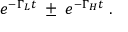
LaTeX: e ^ { - \Gamma _ { L } t } \; \pm \; e ^ { - \Gamma _ { H } t } \; .